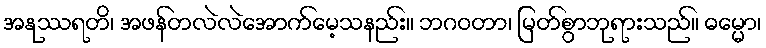
အနုဿရတိ၊ အဖန်တလဲလဲအောက်မေ့သနည်း။ ဘဂဝတာ၊ မြတ်စွာဘုရားသည်။ ဓမ္မော၊